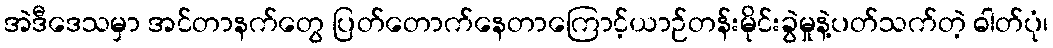
အဲဒီဒေသမှာ အင်တာနက်တွေ ပြတ်တောက်နေတာကြောင့်ယာဉ်တန်းမိုင်းခွဲမှုနဲ့ပတ်သက်တဲ့ ဓါတ်ပုံ၊